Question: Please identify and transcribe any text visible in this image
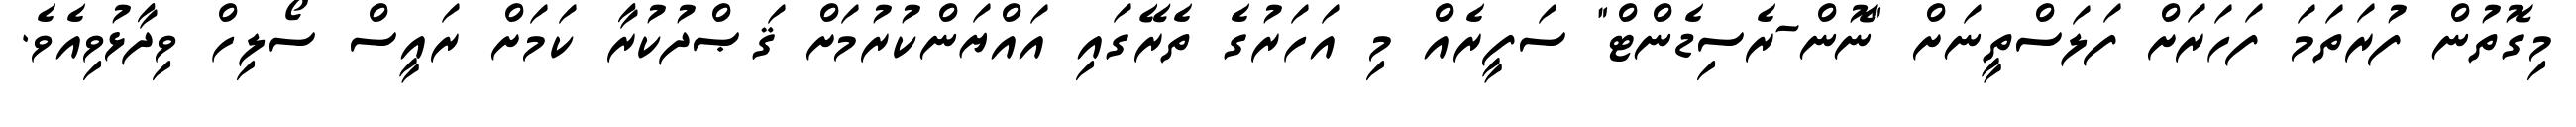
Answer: މިގޮތުން ފުރަތަމަ ފަހަރަށް ފަލަސްތީނަށް "ނޮން-ރެސިޑެންޓް" ސަފީރެއް މި އަހަރުގެ ތެރޭގައި އައްޔަންކުރުމަށް ޤަޞްދުކުރާ ކަމަށް ރައީސް ސޯލިހް ވިދާޅުވިއެވެ.